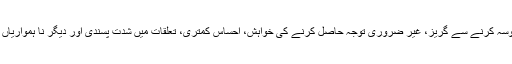
خود اعتمادی کی کمی، لوگوں پر بھروسہ کرنے سے گریز، غیر ضروری توجہ حاصل کرنے کی خواہش، احساس کمتری، تعلقات میں شدت پسندی اور دیگر نا ہمواریاں اس کے دور رس نتائج ہو سکتے ہیں۔